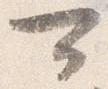
可